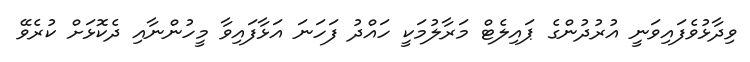
ވިދާޅުވެފައިވަނީ އުރުދުންގެ ޕައިލެޓް މަރާލުމަކީ ހައްދު ފަހަނަ އަޅާފައިވާ މީހުންނާއި ދެކޮޅަށް ކުރެވޭ